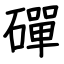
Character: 磾